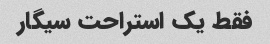
فقط یک استراحت سیگار